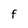
Character: f